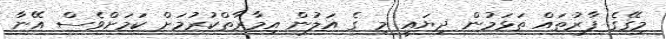
މިގޭގެ ފާރުތައް ތަޅަމުން ދިޔައީ މި ގެ އަލުން އިމާރާތްކުރުމަށް ކަމަށްވެސް އޭނާ